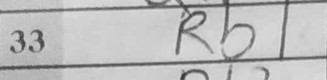
Transcription: Rb1